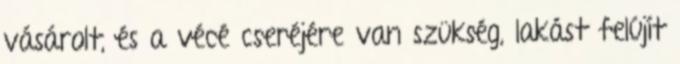
vásárolt, és a vécé cseréjére van szükség, lakást felújít